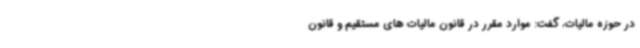
در حوزه مالیات، گفت: موارد مقرر در قانون مالیات های مستقیم و قانون